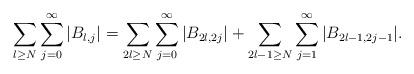
LaTeX: \begin{align*}\sum_{l\ge N}\sum_{j=0}^\infty|B_{l,j}|= \sum_{2l\ge N}\sum_{j=0}^\infty|B_{2l,2j}|+\sum_{2l-1\ge N}\sum_{j=1}^\infty|B_{2l-1,2j-1}|.\end{align*}